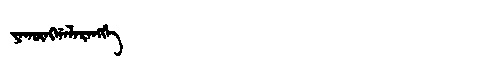
Manchu: ᠶᠠᡴᡡᠩᡤᠠᠯᠠᡵᠠᠩᡤᡝ
Romanization: YAKŪNGGALARANGGE